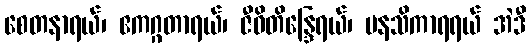
စေတနာရယ်၊ ဧကဂ္ဂတာရယ်၊ ဇီဝိတိန္ဒြေရယ်၊ မနသိကာရရယ် အဲဒီ